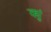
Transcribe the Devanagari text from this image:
क्युं